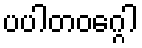
ပပါတဝဂ္ဂေါ